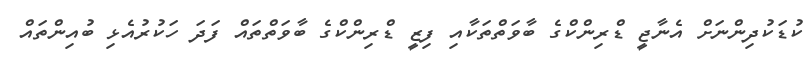
ކުޑަކުދިންނަށް އެނާޖީ ޑްރިންކްގެ ބާވަތްތަކާއި ފިޒީ ޑްރިންކްގެ ބާވަތްތައް ފަދަ ހަކުރުއެޅި ބުއިންތައް